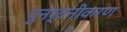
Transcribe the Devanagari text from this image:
पुनर्वनीकरण